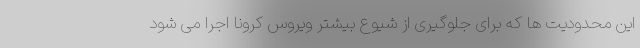
این محدودیت ها که برای جلوگیری از شیوع بیشتر ویروس کرونا اجرا می شود